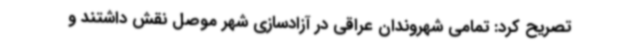
تصریح کرد: تمامی شهروندان عراقی در آزادسازی شهر موصل نقش داشتند و